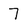
Character: 7